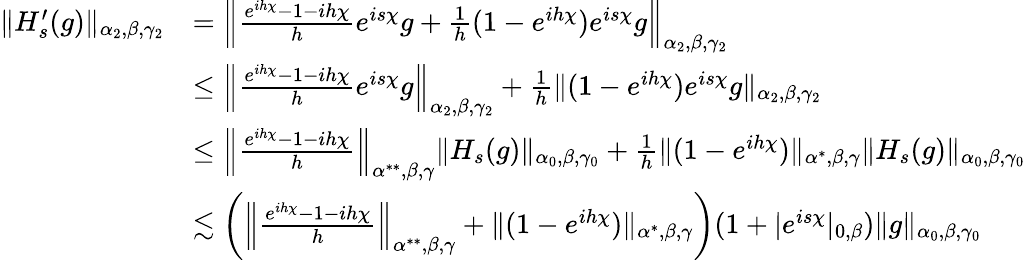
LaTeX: \begin{array}{rl}{\| H_{s}^{\prime}(g)\| _{\alpha_{2},\beta,\gamma_{2}}}&{=\left\| \frac{e^{ih\chi}-1-ih\chi}{h}e^{is\chi}g+\frac{1}{h}(1-e^{ih\chi})e^{is\chi}g\right\| _{\alpha_{2},\beta,\gamma_{2}}}\\ &{\leq\left\| \frac{e^{ih\chi}-1-ih\chi}{h}e^{is\chi}g\right\| _{\alpha_{2},\beta,\gamma_{2}}+\frac{1}{h}\| (1-e^{ih\chi})e^{is\chi}g\| _{\alpha_{2},\beta,\gamma_{2}}}\\ &{\leq\left\| \frac{e^{ih\chi}-1-ih\chi}{h}\right\| _{\alpha^{**},\beta,\gamma}\| H_{s}(g)\| _{\alpha_{0},\beta,\gamma_{0}}+\frac{1}{h}\| (1-e^{ih\chi})\| _{\alpha^{*},\beta,\gamma}\| H_{s}(g)\| _{\alpha_{0},\beta,\gamma_{0}}}\\ &{\lesssim\left(\left\| \frac{e^{ih\chi}-1-ih\chi}{h}\right\| _{\alpha^{**},\beta,\gamma}+\| (1-e^{ih\chi})\| _{\alpha^{*},\beta,\gamma}\right)(1+|e^{is\chi}|_{0,\beta})\| g\| _{\alpha_{0},\beta,\gamma_{0}}}\end{array}